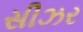
સીઝર